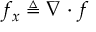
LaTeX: f _ { x } \triangleq \nabla \cdot f